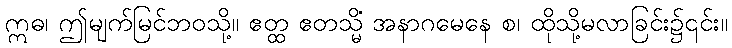
ဣဓ၊ ဤမျက်မြင်ဘဝသို့။ ဧတ္ထ ဧတသ္မိံ အနာဂမေနေ စ၊ ထိုသို့မလာခြင်း၌၎င်း။